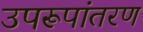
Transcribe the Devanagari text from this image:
उपरूपांतरण